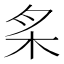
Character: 𰗕